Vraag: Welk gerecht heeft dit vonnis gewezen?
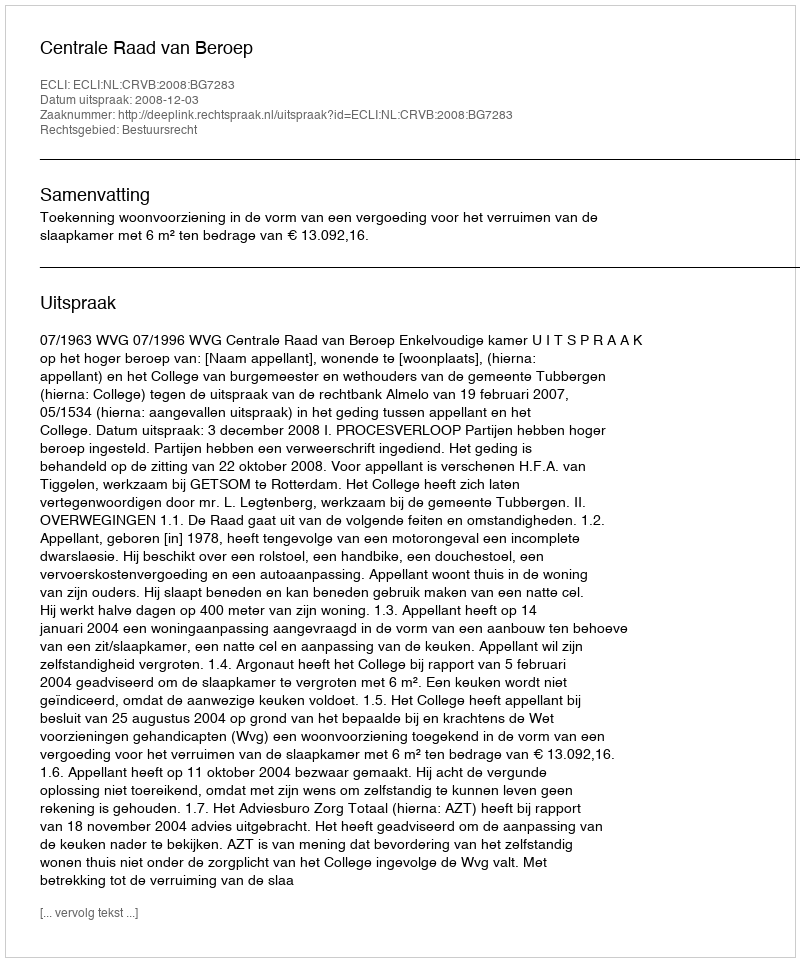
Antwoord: Centrale Raad van Beroep